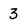
Character: 3